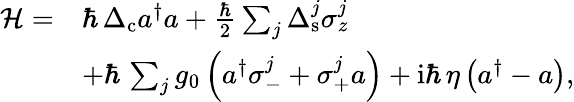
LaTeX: \begin{array}{rl}{\mathcal{H}=}&{\hbar\, \Delta_{\mathrm{c}}a^{\dagger}a+\frac{\hbar}{2}\sum_{j}\Delta_{\mathrm{s}}^{j}\sigma_{z}^{j}}\\ &{+\hbar\, \sum_{j}g_{0}\left(a^{\dagger}\sigma_{-}^{j}+\sigma_{+}^{j}a\right)+\mathrm{i}\hbar\, \eta\left(a^{\dagger}-a\right),}\end{array}